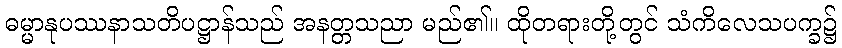
ဓမ္မာနုပဿနာသတိပဋ္ဌာန်သည် အနတ္တသညာ မည်၏။ ထိုတရားတို့တွင် သံကိလေသပက္ခ၌